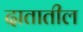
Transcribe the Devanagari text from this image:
दातातील